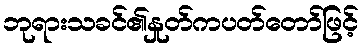
ဘုရားသခင်၏နှုတ်ကပတ်တော်ဖြင့်